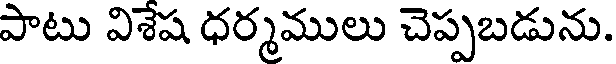
పాటు విశేష ధర్మములు చెప్పబడును.